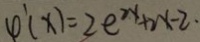
4 ^ { \prime } ( x ) = 2 e ^ { 2 x } + 2 x - 2 \cdot